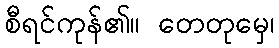
စီရင်ကုန်၏။ တေတုမှေ၊